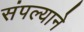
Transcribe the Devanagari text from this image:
संपल्‍याने